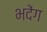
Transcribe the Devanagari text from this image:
भदेंग